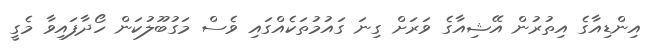
އިންޑިއާގެ އިތުރުން އޭޝިއާގެ ވަރަށް ގިނަ ގައުމުތަކެއްގައި ވެސް މަގުބޫލުކަން ހޯދާފައިވާ މެގީ